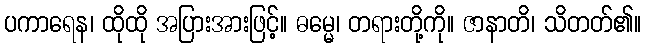
ပကာရေန၊ ထိုထို အပြားအားဖြင့်။ ဓမ္မေ၊ တရားတို့ကို။ ဇာနာတိ၊ သိတတ်၏။